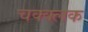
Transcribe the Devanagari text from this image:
चक्क्लक